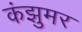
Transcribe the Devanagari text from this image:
कंझुमर